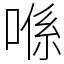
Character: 喺